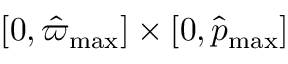
[ 0 , \hat { \varpi } _ { \mathrm { m a x } } ] \times [ 0 , \hat { p } _ { \mathrm { m a x } } ]